ELKNU_Viljandimaa_Komitee, lk 5
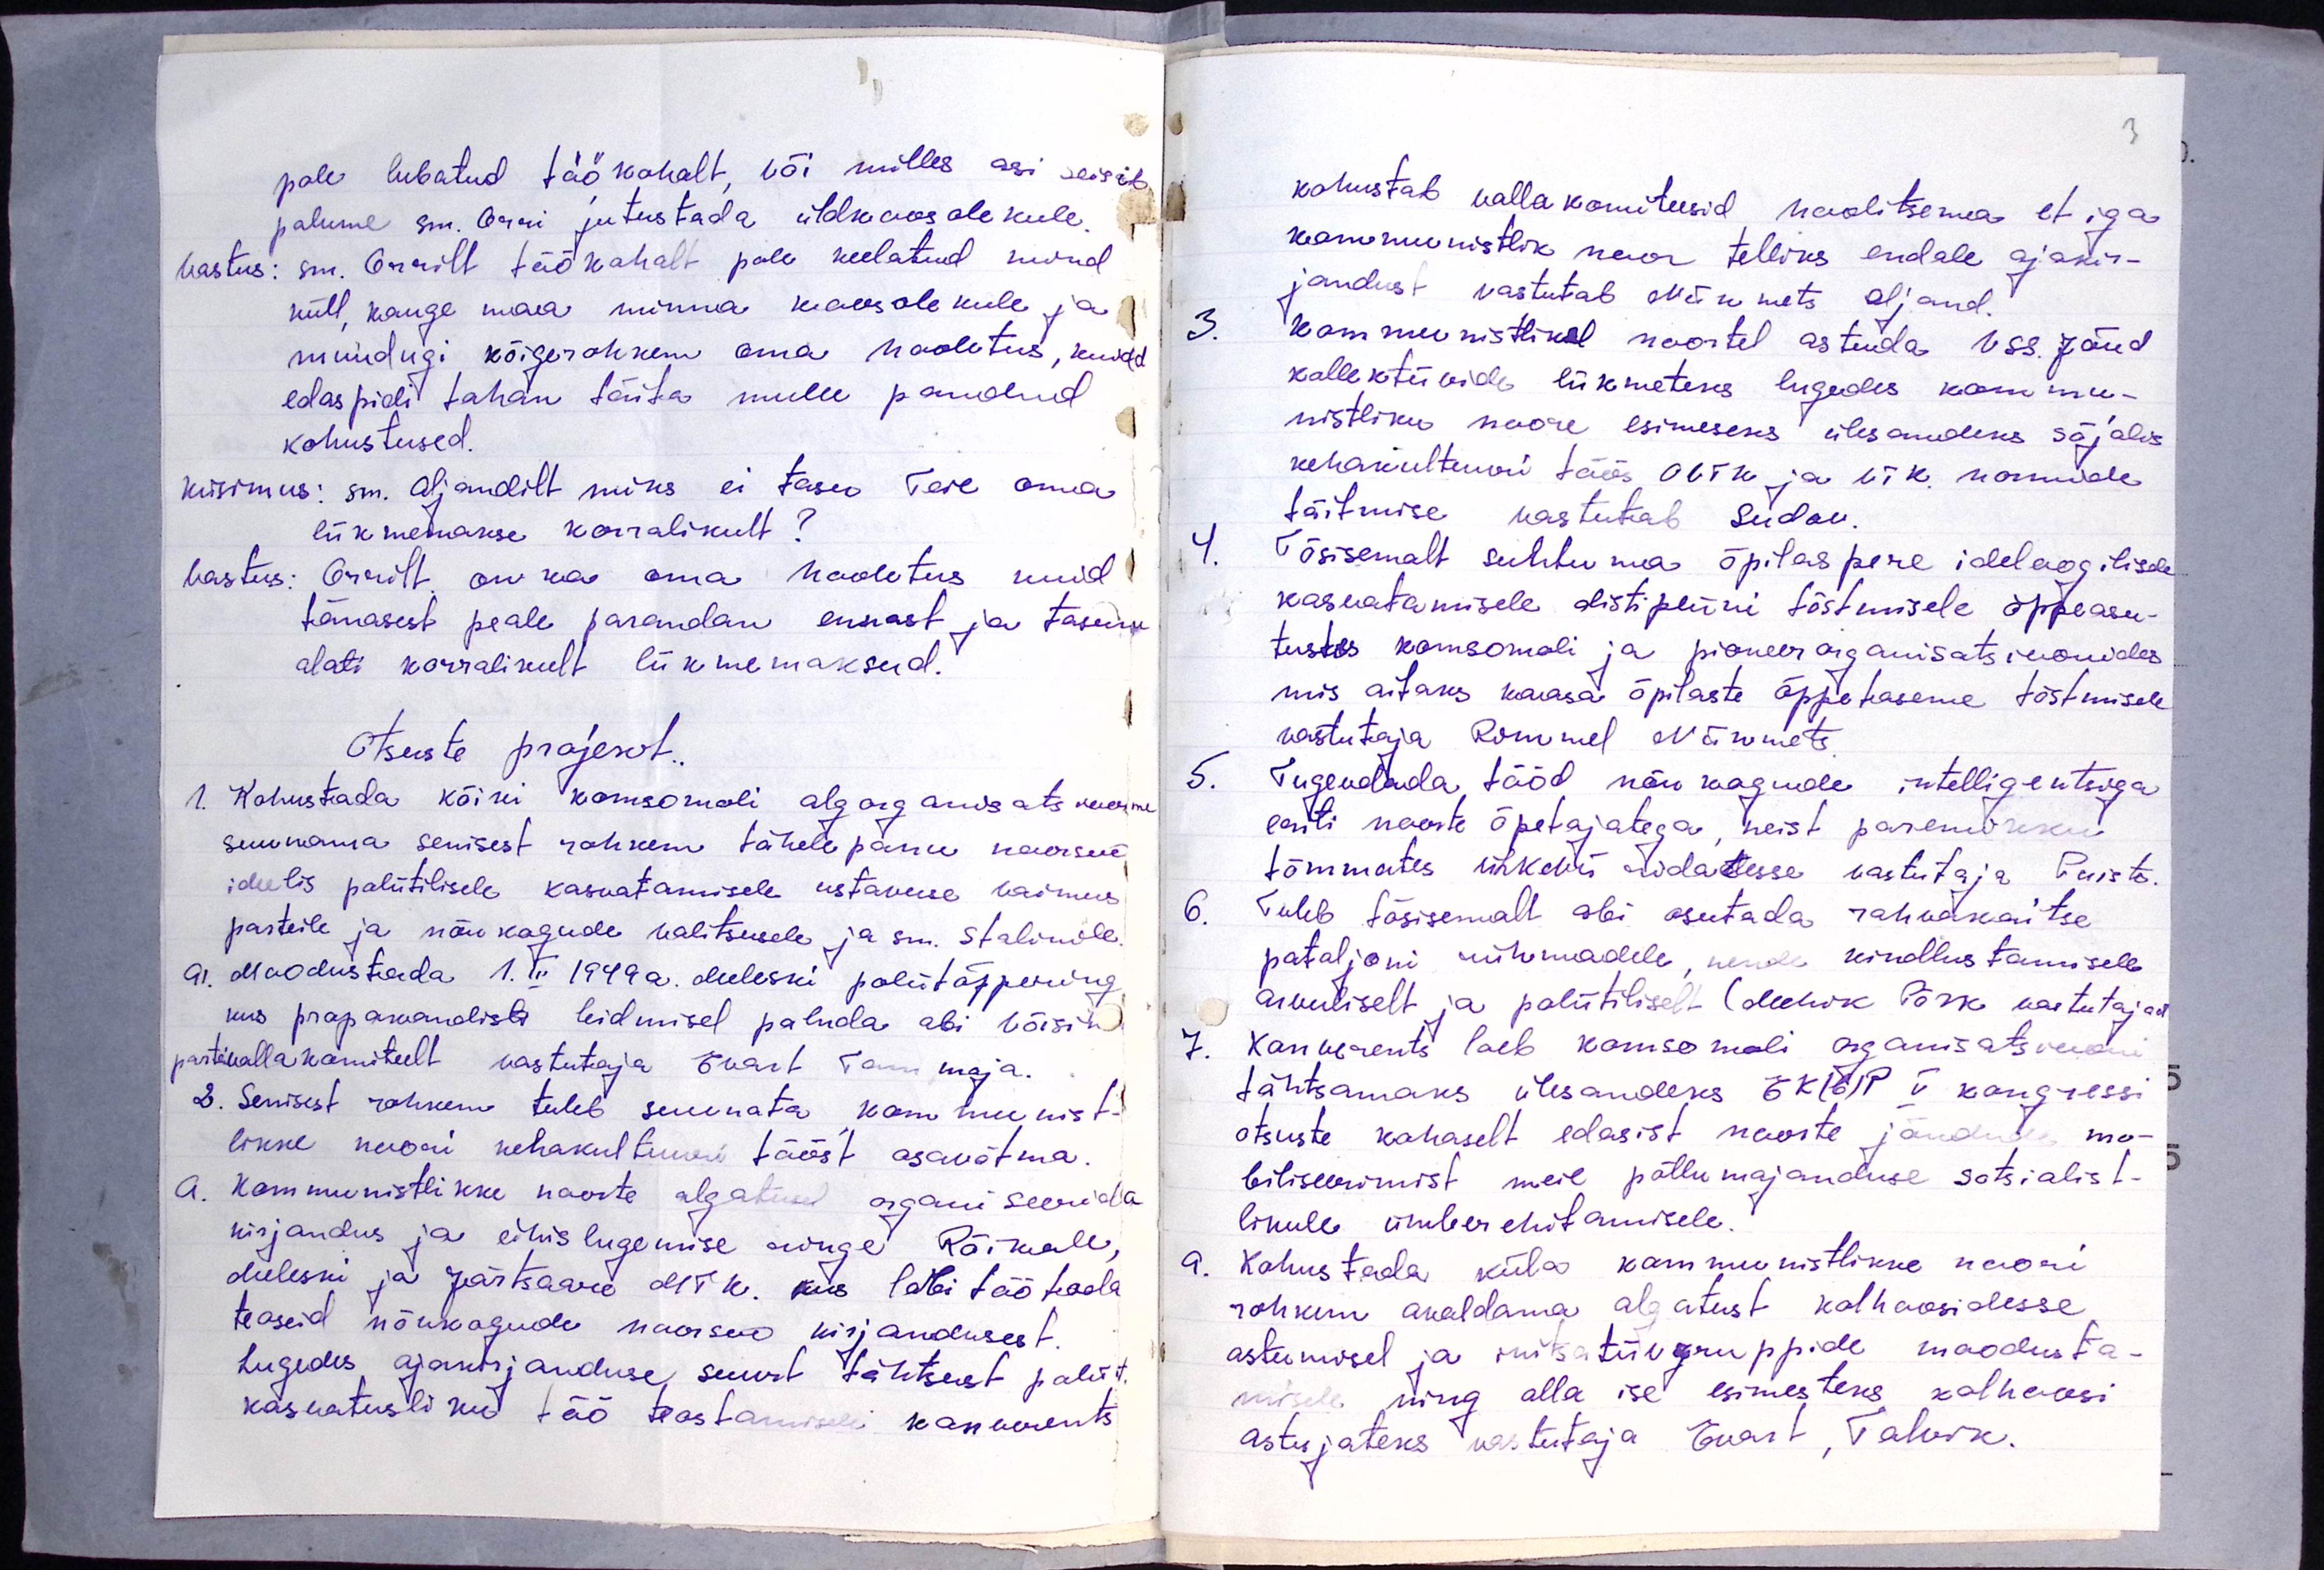
pole lubatud töökohalt, või milles asi seisab
palume sm. Orri jutustada üldkooosolekule,
vastus: sm. Orrilt töökohalt pole keelatud mind
küll kauge maa minna koosolekule ja
muidugi kõigerohkem oma hooletus, kuid
edaspidi tahan täita mulle pandud
kohustused.
küsimus: sm. Aljandilt miks ei tasu Teie oma
liikmemakse korralikult?
vastus: Orrilt on ka oma hooletus kuid
tänasest peale parandan ennast ja tasun
alati korralikult liikmemaksud.
Otsuste projekt.
1. Kohustada kõiki komsomoli algorganisatsioone
suunama senisest rohkem tähelepanu noorsoo
ideelis poliitilisele kasvatamisele ustavuse vaimus
parteile ja nõukogude valitsusele ja sm. Stalinile
GI. Moodustada 1. III 1949 a. Meleski poliitõppering
kus propagandisti leidmisel paluda abi Võisiku
parteivallakomiteelt vastutaja Evart Tammoja.
2. Senisest rohkem tuleb suunata kommuist-
likke noori kehakultuuri tööst osavõtma.
A. Kommunistlikke noorte algatusel organiseerida
kirjandus ja ühislugemise ringe. Rõikale
Meleskii ja Järtsaare MTK. kus läbi töötada
teoseid nõukogude noorsoo kirjandusest.
Lugedes ajakirjanduse, suurt tähtsust poliit.
kasvatusliku töö teostamise konverents.

kohustab vallakomiteesid hoolitsema, et iga
kommunistlik noor telliks endale ajakir-
jandust vastutab Niinemets Oljand.
3. Kommunistlikel noortel astuda NSS. Jõud
kollektiivide liikmeteks lugedes kommu-
nistliku noore esimeseks ülesandeks sõjalis
kehakultuuri töös OVTK ja VTK normide
täitmise vastutab Sudak.
4. Tõsisemalt suhtuma õpilas pere ideoloogilisele
kasvatamisele distipliini tõstmisele õppeasu-
tustes komsomoli ja pioneer organisatsioonides
mis aitaks kaasa õpilaste õppetaseme tõstmisele
vastutaja Rommel Nõmmets
5. Tugevdada tööd nõukogude intelligentsiga
eriti noorte õpetajatega neist paremikku
tõmmates ÜLKNÜ ridadesse vastutaja Puista.
6. Tuleb tõsisemalt abi osutada rahvakaitse
pataljoni rühmadele, nende kindlustamisele
arvuliselt ja poliitiliselt (Mehik Põrk vastutajad)
7. Konverents loeb komsomoli organisatsiooni
tähtsamaks ülesandeks EK(b)P V kongressi
otsuste kohaselt edasist noorte jõududes mo-
biliseerimist meie põllumajanduse sotsialist-
likule ümber ehitamisele.
9. Kohustada küla kommunistlikke noori
rohkem avaldama algatust kolhoosidesse
astumisel ja initsatiivgruppide moodusta-
misele ning olla ise esimesteks kolhoosi
astujateks vastutaja Evart, Talvik.